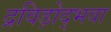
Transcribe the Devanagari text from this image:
द्रविड़ोद्भवा